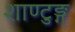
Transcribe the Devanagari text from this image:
शाण्टुङ्ग